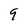
Character: 9